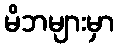
မိဘများမှာ